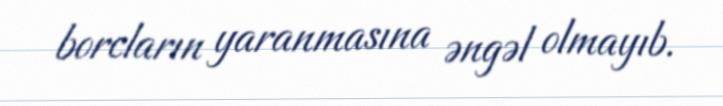
borcların yaranmasına əngəl olmayıb.